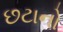
છટાનો